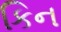
કિન